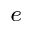
^ e